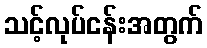
သင့်လုပ်ငန်းအတွက်